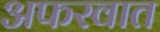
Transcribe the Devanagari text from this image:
अफरवात